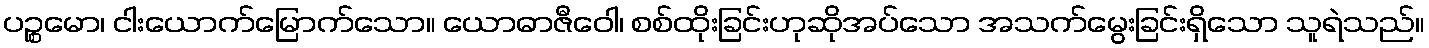
ပဉ္စမော၊ ငါးယောက်မြောက်သော။ ယောဓာဇီဝေါ၊ စစ်ထိုးခြင်းဟုဆိုအပ်သော အသက်မွေးခြင်းရှိသော သူရဲသည်။